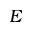
E